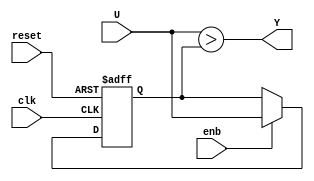
// -------------------------------------------------------------
// 
// 
// Generated by MATLAB 9.8 and HDL Coder 3.16
// 
// -------------------------------------------------------------


// -------------------------------------------------------------
// 
// Module: Detect_Increase_block5
// Source Path: NRPolarEncodeHDL/HDL Algorithm/NR Polar Encoder/encode/Stage 6/Detect Increase
// Hierarchy Level: 4
// 
// -------------------------------------------------------------

`timescale 1 ns / 1 ns

module Detect_Increase_block5
          (clk,
           reset,
           enb,
           U,
           Y);


  input   clk;
  input   reset;
  input   enb;
  input   U;
  output  Y;


  reg  U_k_1;
  wire FixPt_Relational_Operator_relop1;

  // Edge
  // 
  // U(k)


  // 
  // Store in Global RAM
  always @(posedge clk or posedge reset)
    begin : Delay_Input1_process
      if (reset == 1'b1) begin
        U_k_1 <= 1'b0;
      end
      else begin
        if (enb) begin
          U_k_1 <= U;
        end
      end
    end



  assign FixPt_Relational_Operator_relop1 = U > U_k_1;



  assign Y = FixPt_Relational_Operator_relop1;

endmodule  // Detect_Increase_block5